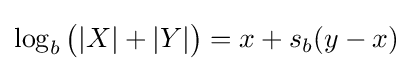
\log _{b}{\big (}|X|+|Y|{\big )}=x+s_{b}(y-x)